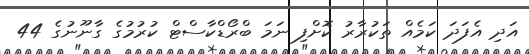
އަދި އެފަދަ ކަމެއް ތަކުރާރު ކޮށްފި ނަމަ ބްރޯޑްކާސްޓް ކުރުމުގެ ގާނޫނުގެ 44